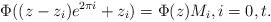
LaTeX: \begin{align*}\Phi((z-z_i)e^{2\pi i}+z_i)=\Phi(z)M_i, i=0,t.\end{align*}